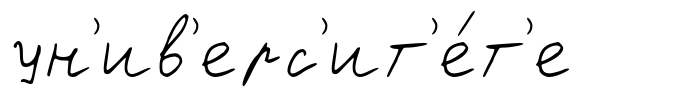
ун'ив'ерс'ит'е́т'е